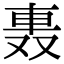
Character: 𨋌